Indian journal of veterinary science and animal husbandry - Volumes 26-27, 1956-1957
Year: 1956
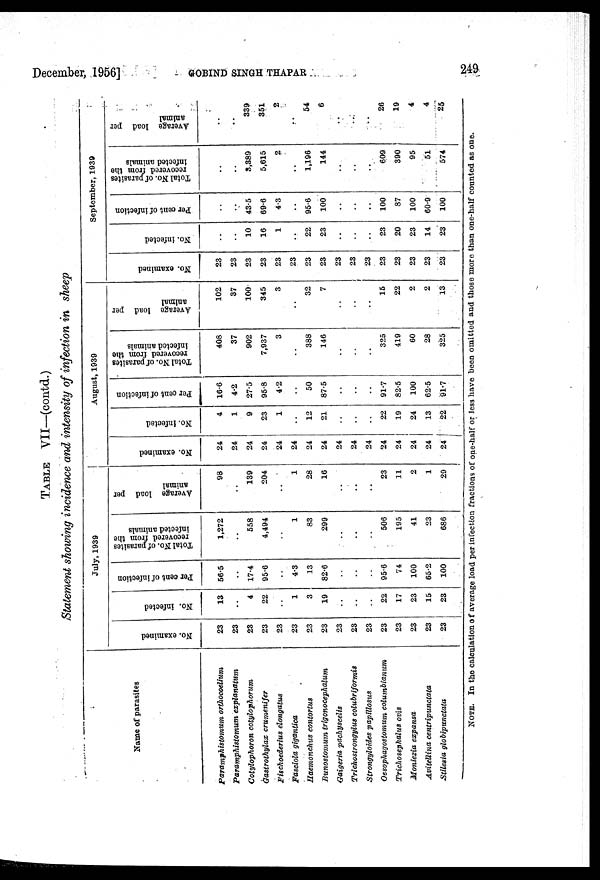
December, 1956]
GOBIND
SINGH
THAPAR
249
TABLE VII—(contd.)
Statement showing incidence and intensity of infection in sheep
Name of parasites
Paramphistomum orthocoelium
Paramphistomum
explanatum
Cotylophoron cotylophorum
Gastrothylax crumenifer
Fischoederius elongatus
Fasciola gigantica
Haemonchus contortus
Bunostomum trigonocephalum
Gaigeria pachyscelis
Trichostrongylus colubriformis
Strongyloides papillosus
Oesophagostomum columbianum
Trichosephalus ovis
Moniezia expansa
Avitellina centripunctata
Stilesia globipunctata
July, 1939
No. examined
23
23
23
23
23
23
23
23
23
23
23
23
23
23
23
23
No. infected
13
..
4
22
..
1
3
19
..
..
..
22
17
23
15
23
Per cent of infection
56.5
..
17.4
95.6
..
4.3
13
82.6
..
..
..
95.6
74
100
65.2
100
Total No. of parasites
recovered from the
infected animals
1,272
..
558
4,494
..
1
83
299
..
..
..
506
195
41
23
686
Average load per
animal
98
..
139
204
..
1
28
16
..
..
..
23
11
2
1
29
August, 1939
No. examined
24
24
24
24
24
24
24
24
24
24
24
24
24
24
24
24
No. infected
4
1
9
23
1
..
12
21
..
..
..
22
19
24
13
22
Per cent of infection
16.6
4.2
27.5
95.8
4.2
..
50
87.5
..
..
..
91.7
82.5
100
62.5
91.7
Total No. of parasites
recovered from the
infected animals
408
37
902
7,937
3
..
388
146
..
..
..
325
419
60
28
325
Average load per
animal
102
37
100
345
3
..
32
7
..
..
..
15
22
2
2
13
September, 1939
No. examined
23
23
23
23
23
23
23
23
23
23
23
23
23
23
23
23
No. infected
..
..
10
16
1
..
22
23
..
..
..
23
20
23
14
23
Per cent of infection
..
..
43.5
69.6
4.3
..
95.6
100
..
..
..
100
87
100
60.9
100
Total No. of parasites
recovered from the
infected animals
..
..
3,389
5,615
2
..
1,196
144
..
..
..
609
390
95
51
574
Average load per
animal
..
..
339
351
2
..
54
6
..
..
..
26
19
4
4
25
NOTE. In the calculation of average load per infection fractions of one-half or less have been omitted and those more than one-half counted as one.